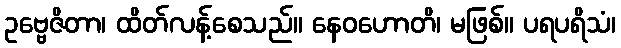
ဥဗ္ဗေဇိတာ၊ ထိတ်လန့်စေသည်။ နေဝဟောတိ၊ မဖြစ်။ ပရပရိသံ၊